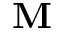
\mathbf { M }